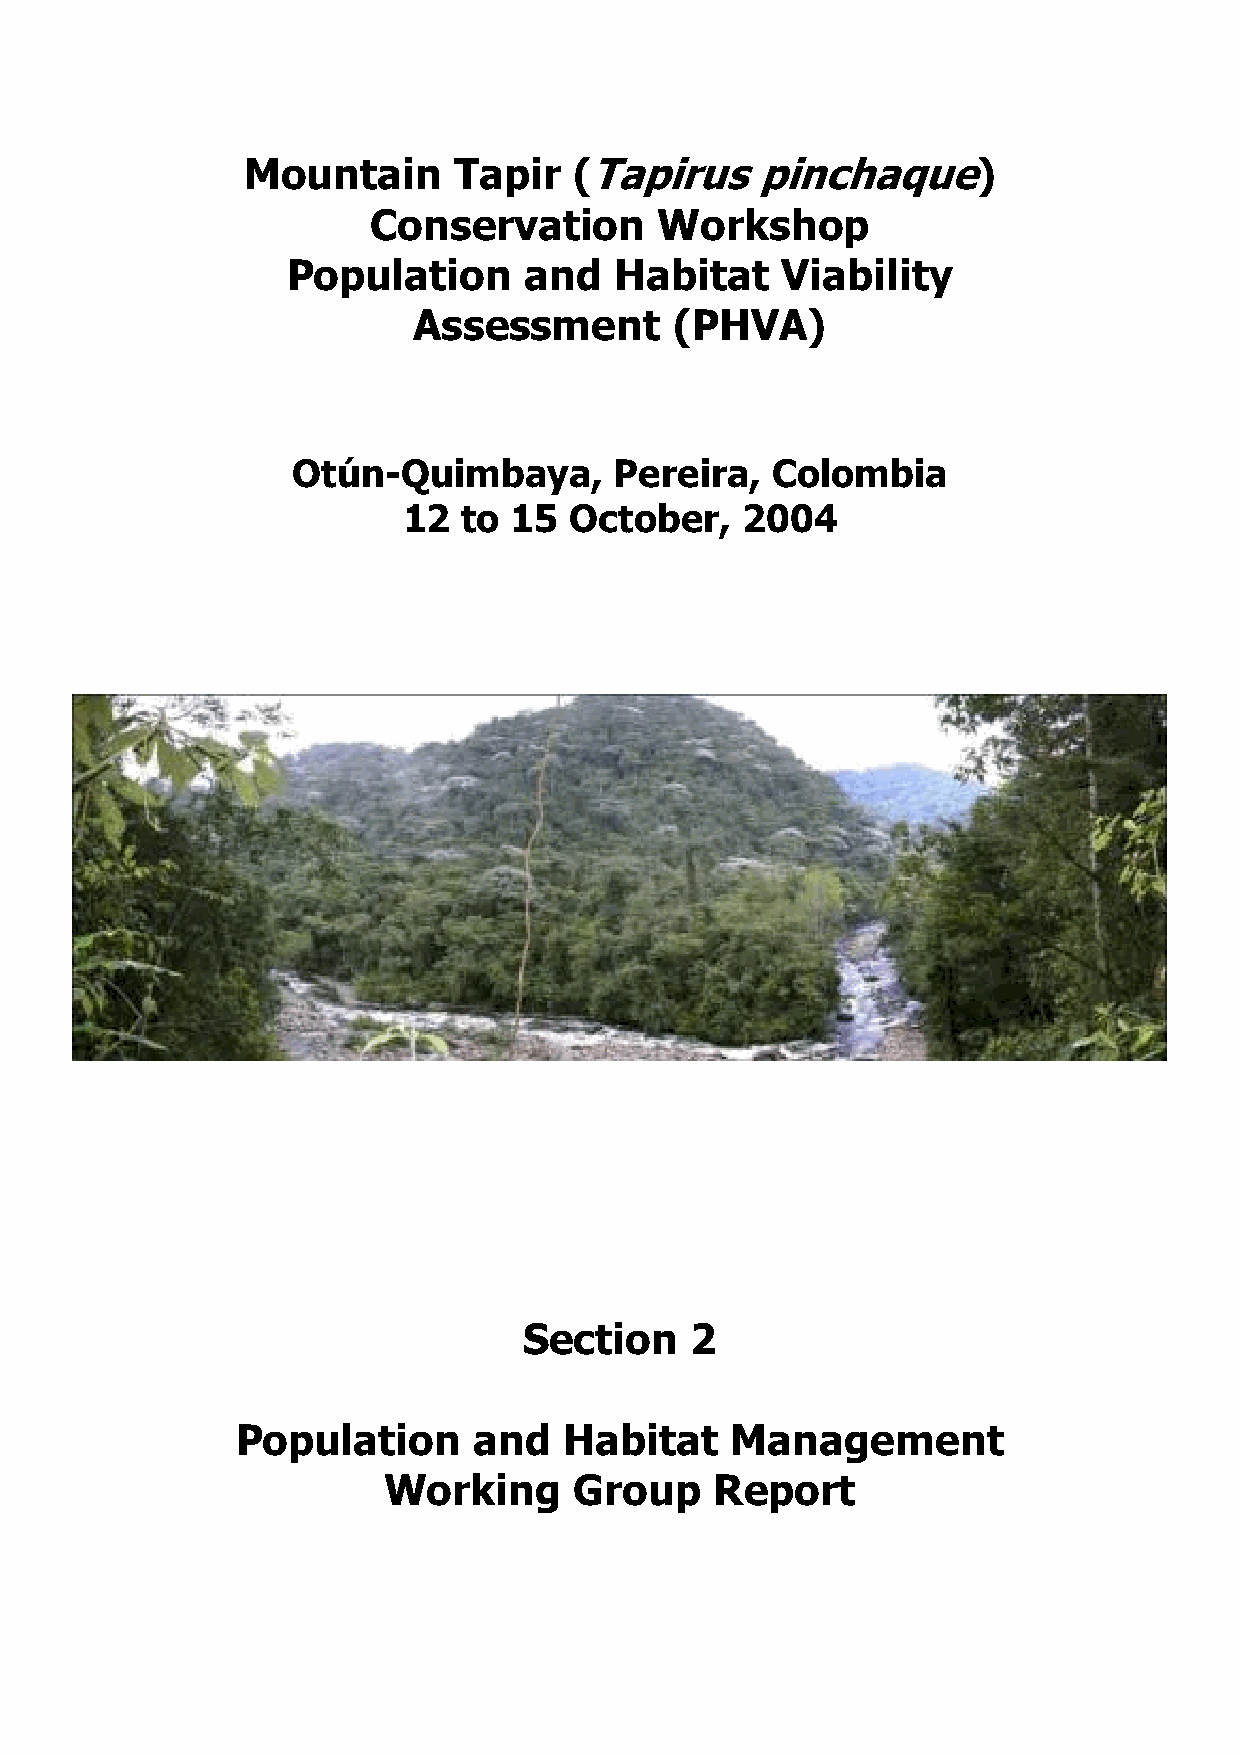
Mountain      Tapir   (Tapirus    pinchaque)
 Conservation       Workshop
 Population      and   Habitat    Viability
 Assessment        (PHVA)
 Otún-Quimbaya,        Pereira,  Colombia
 12  to 15  October,   2004
 Section    2
 Population     and   Habitat    Management
 Working      Group    Report